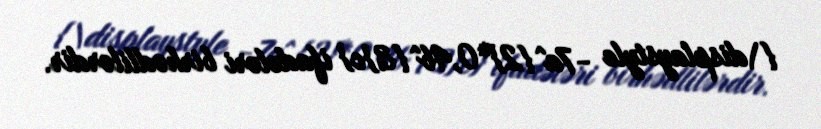
{\displaystyle -7a^{2}*0,4b^{3}c} ifadələri birhədlilərdir.